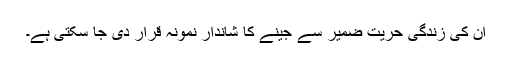
ان کی زندگی حریت ضمیر سے جینے کا شاندار نمونہ قرار دی جا سکتی ہے۔